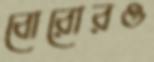
বোরোরও